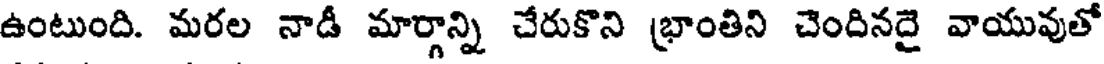
ఉంటుంది. మరల నాడీ మార్గాన్ని చేరుకొని భ్రాంతిని చెందినదై వాయువుతో